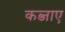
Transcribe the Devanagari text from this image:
कब्जाए